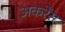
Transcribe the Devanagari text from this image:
अकरेंस